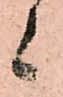
候